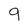
Character: q